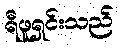
ရီဖူရှင်းသည်